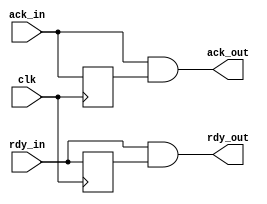
// This program was cloned from: https://github.com/atrac17/Toaplan2
// License: GNU General Public License v3.0

/*  This file is part of JTFRAME.
    JTFRAME program is free software: you can redistribute it and/or modify
    it under the terms of the GNU General Public License as published by
    the Free Software Foundation, either version 3 of the License, or
    (at your option) any later version.

    JTFRAME program is distributed in the hope that it will be useful,
    but WITHOUT ANY WARRANTY; without even the implied warranty of
    MERCHANTABILITY or FITNESS FOR A PARTICULAR PURPOSE.  See the
    GNU General Public License for more details.

    You should have received a copy of the GNU General Public License
    along with JTFRAME.  If not, see <http://www.gnu.org/licenses/>.

    Author: Jose Tejada Gomez. Twitter: @topapate
    Version: 1.0
    Date: 27-12-2020 */

module jtframe_rom_sync(
    input       clk,
    input       rdy_in,
    input       ack_in,
    output      rdy_out,
    output      ack_out
);

reg last_rdy, last_ack;

assign rdy_out = rdy_in & last_rdy;
assign ack_out = ack_in & last_ack;

always @(posedge clk) begin
    last_rdy <= rdy_in;
    last_ack <= ack_in;
end

endmodule